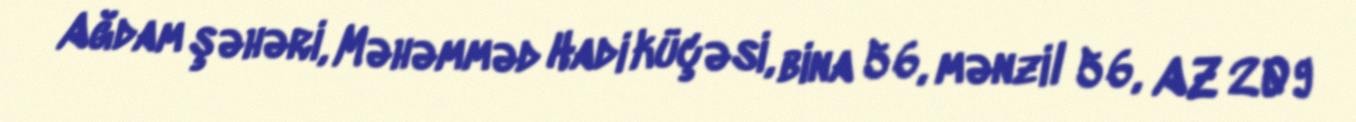
Ağdam şəhəri, Məhəmməd Hadi küçəsi, bina 56, mənzil 56, AZ 209